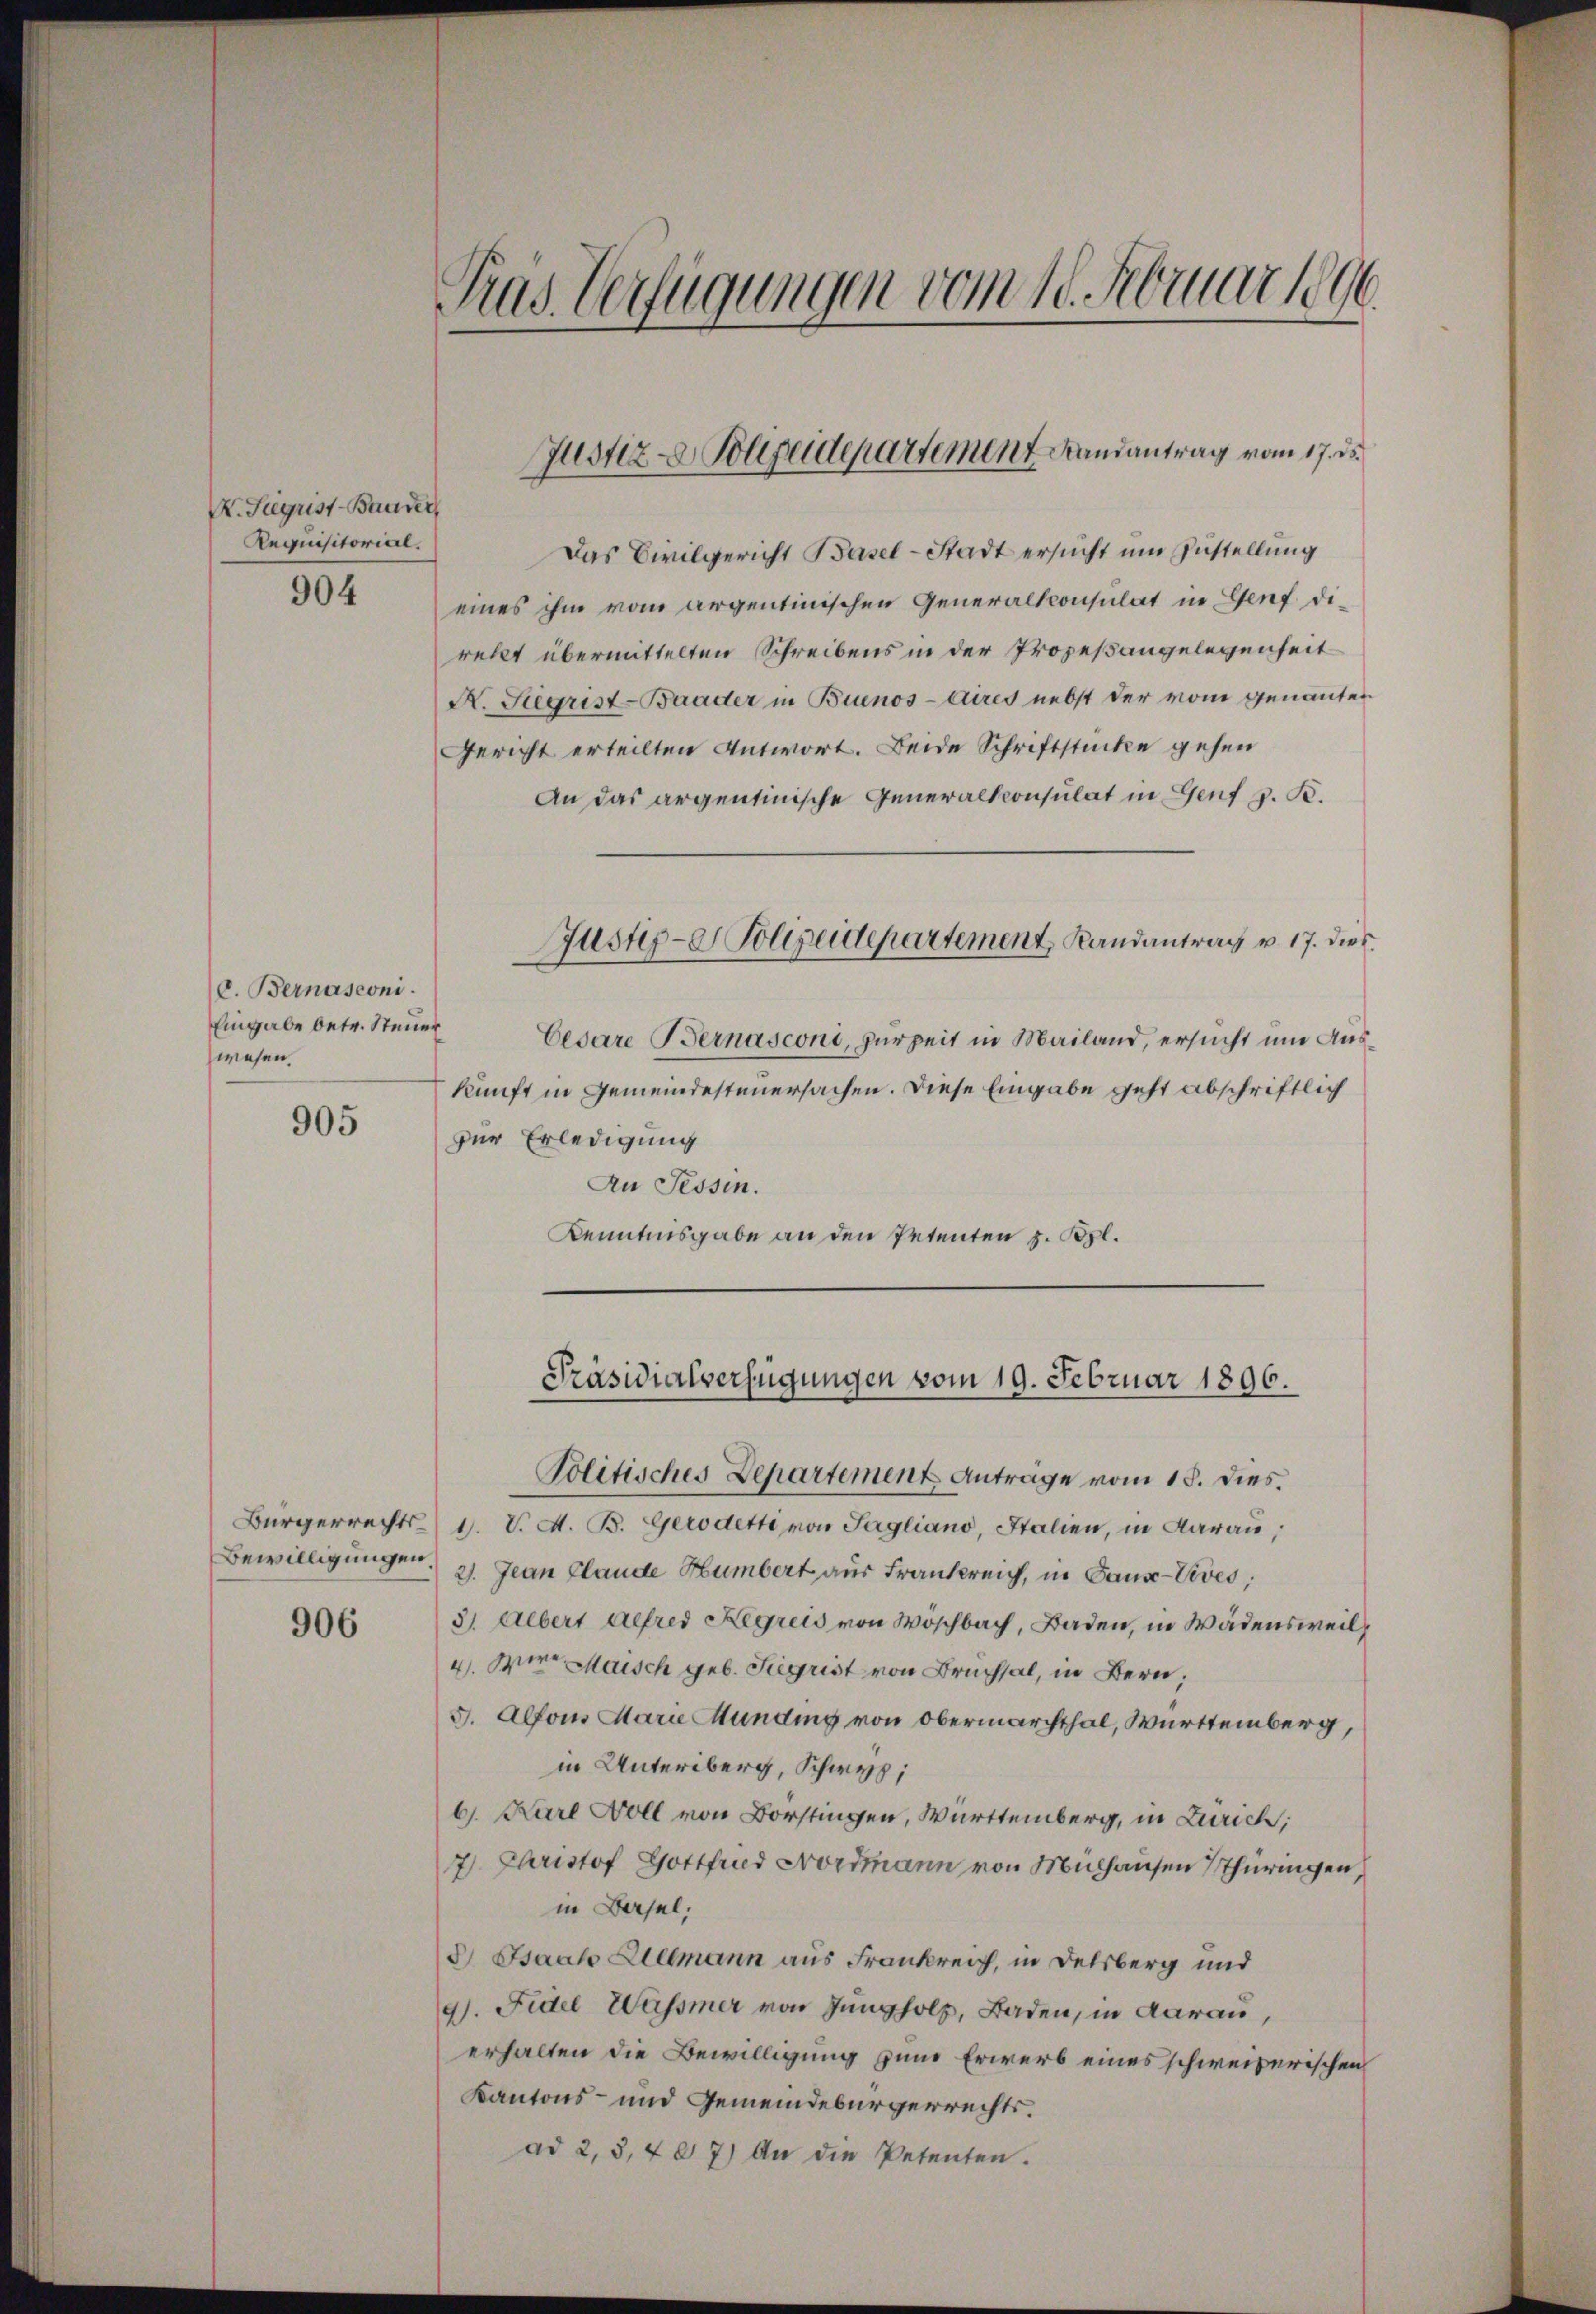
K. Sigrist-Bander
Aequisitorial.

904

C. Bernasconi.
Eingabe betr. Steuer
wesen.

905

Bewilligungen.

906

Tras Verfügungen vom 18. Februar 1890.

Das Civilgericht Basel-Stadt ersucht um Zustellung
eines ihm vom argentinischen Generalsconsulat in Genf dirett übermittelten Schreibens in der Prozeßangelegenheit
K. Sigrist-Baader in Buenos-Aires nebst der vom genannten
Gericht erteilten Antwort. Beide Schriftstücke gehen
An das argentinische Generalkonsulat in Genf z. B.
Justiz-Polizeidepartement, Randantrag u. 17. dies
Cesare Bernasconi, zurzeit in Mailand, ersucht um Auskunft in Gemeindesteuersachen. Diese Eingabe geht abschriftlich
zur Erledigung
An Tessin.
Kenntnisgabe an den Petenten z. Bpl.

Bürgerrechts- 1. V. A. B. Gerodetti von Sagliano, Italien, in darau,
2. Jean Claude Humbert aus Frankreich, in Gaux-Vives,
3). Albert Alfred Regreis von Wöschbach, Baden, in Wädensweil
4. Wir Maisch geb. Sigrist von Bruchsal, in Bern,
J. Alfons Marie Munding von Obermarchthal, Württemberg,
in Unterberg, Schwyz,
6. Karl Woll von Borstingen, Württemberg, in Zürich;
77. Christof Gottfried Nordmann von Mülhausen Thüringen,
in Dersel,
3 Isaak Zielmann aus Frankrei, in Delsberg und
9). Fidel Wassmer von Jungholz, Faden, in darau
erhalten die Bewilligung zum Erwerb eines schweizerischen
Kantons- und Gemeindebürgerrechtsad 2, 3, 407) An die Petenten.

Justiz - Polizeidepartement andantrag vom 17. ds.

Präsidialverfügungen vom 19. Februar 1896.
Politisches Departement Antrage vom 15. dies.